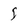
Character: I